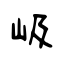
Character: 岋